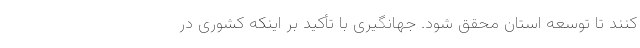
کنند تا توسعه استان محقق شود. جهانگیری با تأکید بر اینکه کشوری در